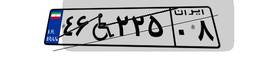
۴۶W۲۲۵۰۸